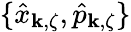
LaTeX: \{ \hat{x}_{{\mathbf k},\zeta},\hat{p}_{{\mathbf k},\zeta}\}